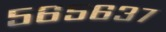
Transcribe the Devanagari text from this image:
५६५६३७